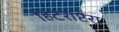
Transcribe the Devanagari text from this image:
हिटराप्टेरा